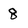
Character: 8